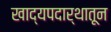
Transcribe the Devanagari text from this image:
खाद्यपदार्थातून